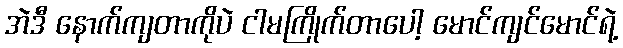
အဲဒီ နောက်ကျတာကိုပဲ ငါမကြိုက်တာပေါ့ မောင်ကျင်မောင်ရဲ့